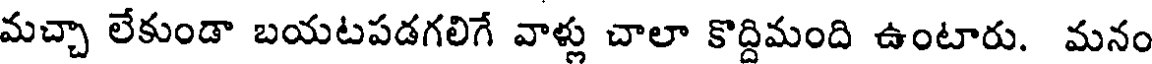
మచ్చా లేకుండా బయటపడగలిగే వాళ్లు చాలా కొద్దిమంది ఉంటారు. మనం